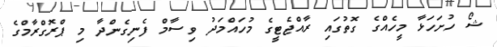
ޝޯ ހުށަހަޅާ މީހެއްގެ ގޮތުގައި ރާއްޖެޓީގެ މުހައްމަދު ވިސާމް ފެނިގެންދާ މި ޕްރޮގްރާމްގެ